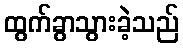
ထွက်ခွာသွားခဲ့သည်